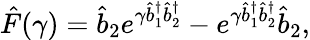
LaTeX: \hat{F}(\gamma)=\hat{b}_{2}e^{\gamma\hat{b}_{1}^{\dagger}\hat{b}_{2}^{\dagger}}-e^{\gamma\hat{b}_{1}^{\dagger}\hat{b}_{2}^{\dagger}}\hat{b}_{2},